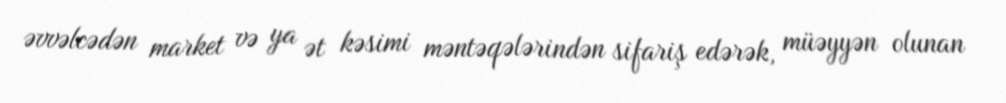
əvvəlcədən market və ya ət kəsimi məntəqələrindən sifariş edərək, müəyyən olunan